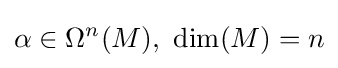
\alpha \in \Omega ^{n}(M),\ {\text{dim}}(M)=n